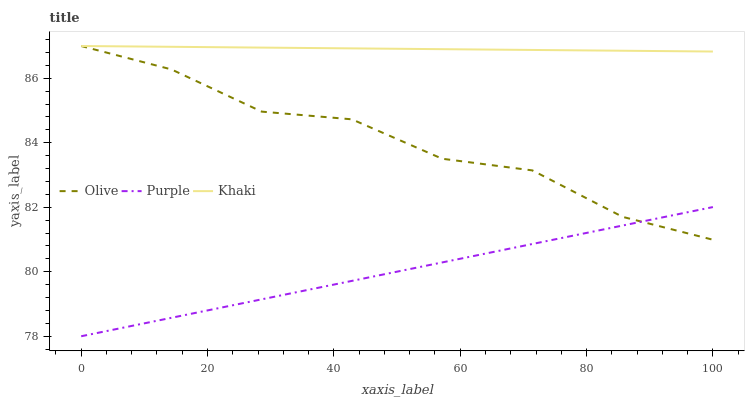
| xaxis_label | Olive | Purple | Khaki |
 | --- | --- | --- | --- |
 | 0 | 87 | 78 | 87 |
 | 14.3 | 86.3 | 78.6 | 87 |
 | 28.6 | 85 | 79.1 | 87 |
 | 42.9 | 84.7 | 79.7 | 86.9 |
 | 57.1 | 83.5 | 80.3 | 86.9 |
 | 71.4 | 83.1 | 80.9 | 86.9 |
 | 85.7 | 81.7 | 81.4 | 86.9 |
 | 100 | 81 | 82 | 86.8 |